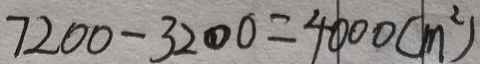
7 2 0 0 - 3 2 0 0 = 4 0 0 0 ( m ^ { 2 } )